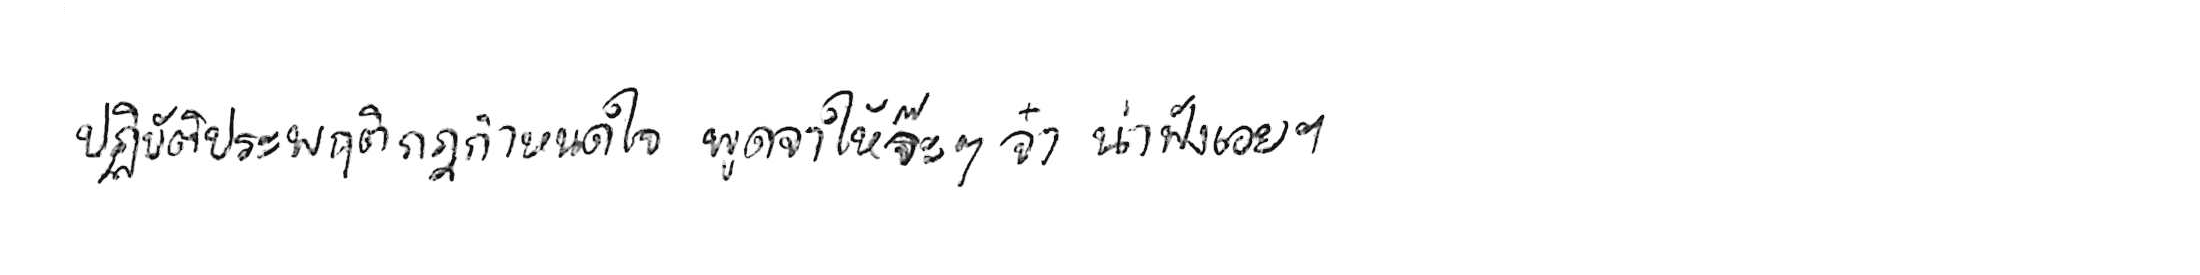
ปฏิบัติประพฤติกฎกำหนดใจ พูดจาให้จ๊ะๆ จ๋า น่าฟังเอยฯ